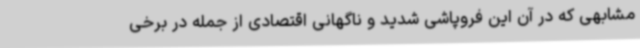
مشابهی که در آن این فروپاشی شدید و ناگهانی اقتصادی از جمله در برخی